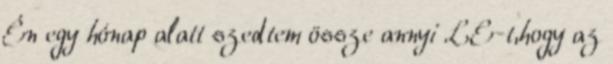
Én egy hónap alatt szedtem össze annyi LE-t,hogy az